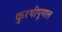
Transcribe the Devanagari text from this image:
कुरथीपूणल